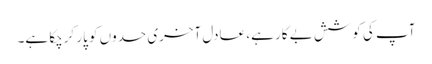
آپ کی کوشش بے کار ہے، عادل آخری حدوں کو پار کرچکا ہے۔